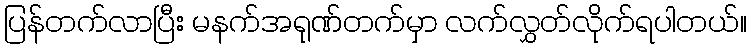
ပြန်တက်လာပြီး မနက်အရုဏ်တက်မှာ လက်လွှတ်လိုက်ရပါတယ်။